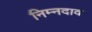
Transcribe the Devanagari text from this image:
निम्नदाव